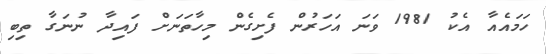
ހަމައެއާ އެކު 1981 ވަނަ އަހަރުން ފެށިގެން މިހާތަނަށް ފައިދާ ނުނަގާ ތިބި